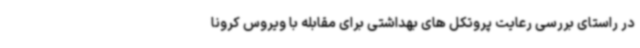
در راستای بررسی رعایت پروتکل های بهداشتی برای مقابله با ویروس کرونا